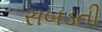
સબડતી